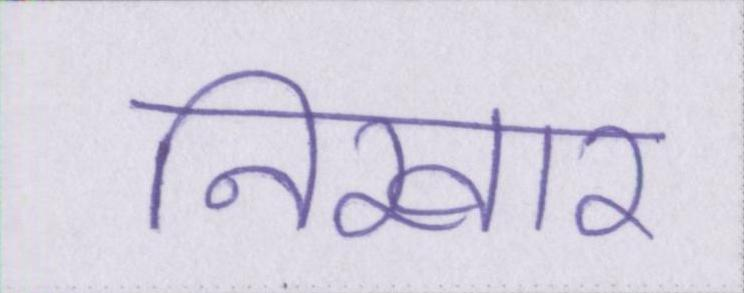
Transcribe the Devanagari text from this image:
निखार